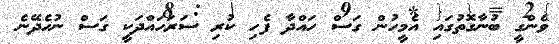
ވެންގީ ބުނާގޮތުގައި އެމީހުން ގަސް ހައްދާ ފެހި ކުރި ސަރަހައްދަކީ ގަސް ނުހެދޭނެ